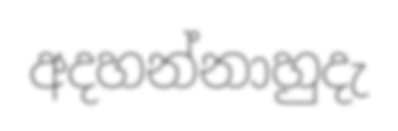
අදහන්නාහුදැ